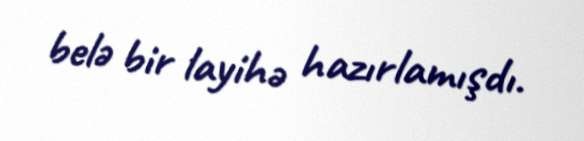
belə bir layihə hazırlamışdı.